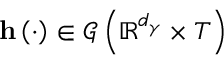
\mathbf { h } \left( \cdot \right) \in \mathcal { G } \left( \mathbb { R } ^ { d _ { \gamma } } \times T \right)